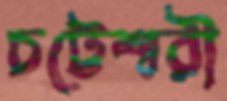
চট্টেশ্বরী